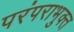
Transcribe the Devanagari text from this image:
परंपराभुक्त